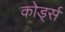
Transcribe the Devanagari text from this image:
कोर्ड्स